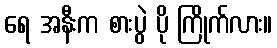
ရေ အနီးက စားပွဲ ပို ကြိုက်လား။